Statistical return of the lunatic asylum in Assam - 1912-1932
Year: 1912
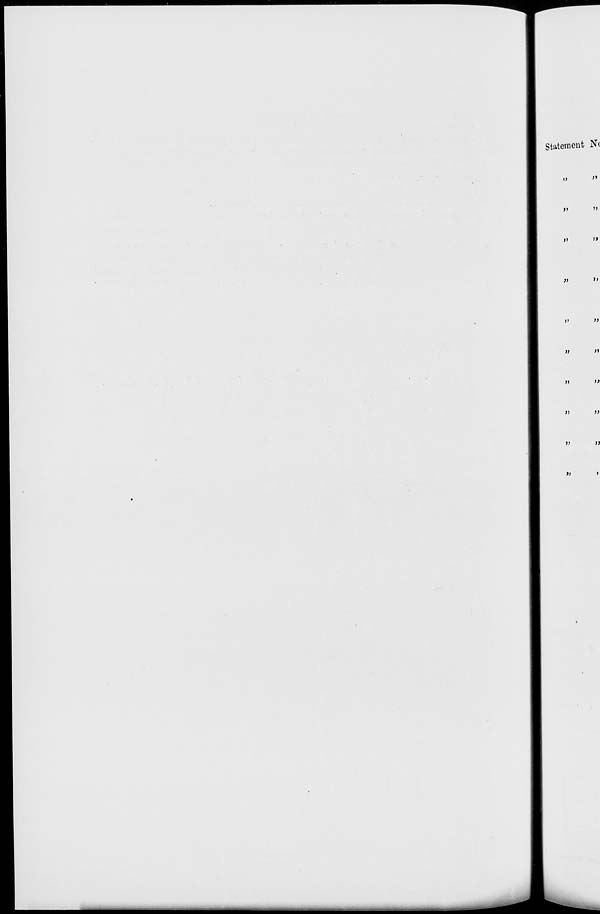
Statement Nc
»
V
'»
>»
»»
J>
)!
)>
»
»
»
»
»>
H
>J
»
)J
»
»